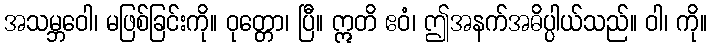
အသမ္ဘဝေါ၊ မဖြစ်ခြင်းကို။ ဝုတ္တော၊ ပြီ။ ဣတိ ဧဝံ၊ ဤအနက်အဓိပ္ပါယ်သည်။ ဝါ၊ ကို။